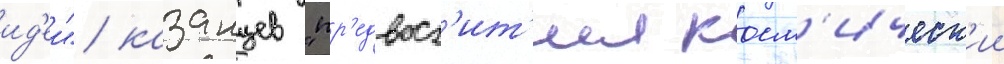
ид'еи" казанцев "пр'едвосх'ит'ил косм'ическ'ии